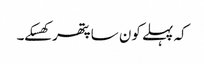
کہ پہلے کون سا پتھر کھسکے۔